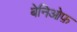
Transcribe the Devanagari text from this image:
बेनिओफ़